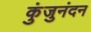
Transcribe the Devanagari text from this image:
कुंजुनंदन